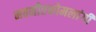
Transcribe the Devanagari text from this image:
नवनीतकोमलांगी